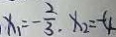
x _ { 1 } = - \frac { 2 } { 3 } , x _ { 2 } = - 4